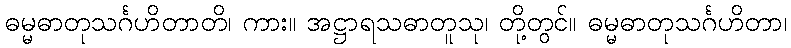
ဓမ္မဓာတုသင်္ဂဟိတာတိ၊ ကား။ အဋ္ဌာရသဓာတူသု၊ တို့တွင်။ ဓမ္မဓာတုသင်္ဂဟိတာ၊